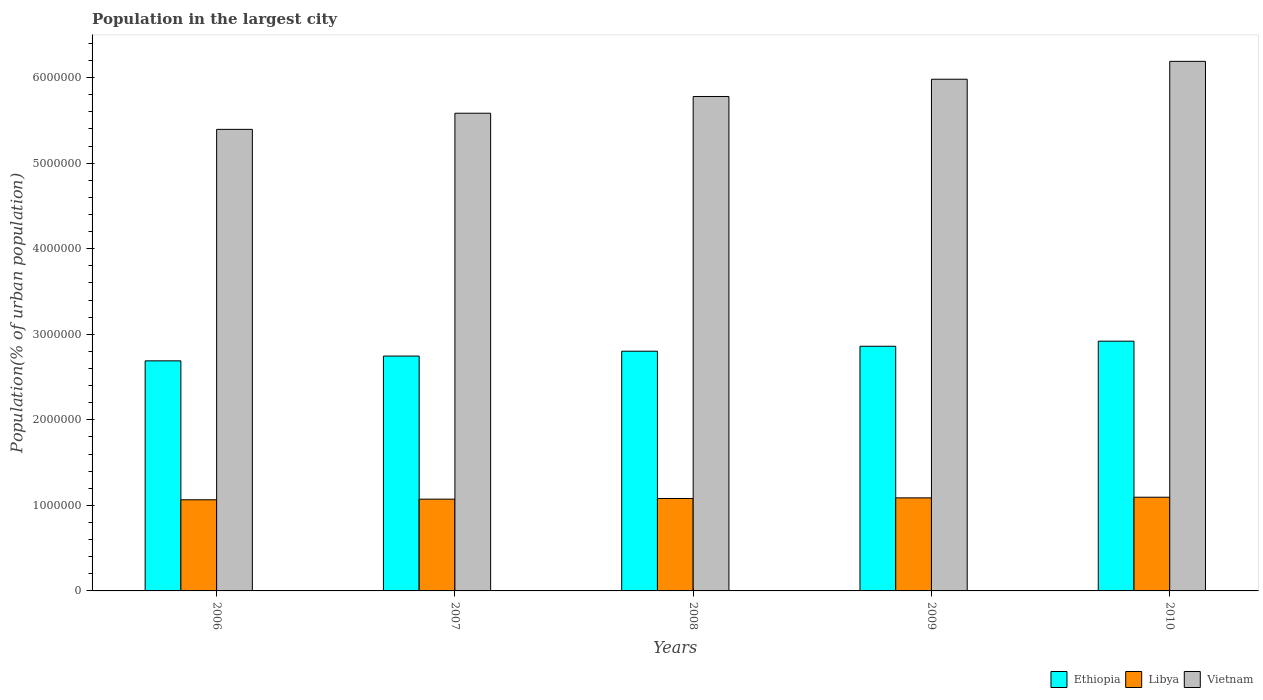
| Years | Ethiopia | Libya | Vietnam |
 | --- | --- | --- | --- |
 | 2006 | 2.69e+06 | 1.07e+06 | 5.39e+06 |
 | 2007 | 2.74e+06 | 1.07e+06 | 5.58e+06 |
 | 2008 | 2.8e+06 | 1.08e+06 | 5.78e+06 |
 | 2009 | 2.86e+06 | 1.09e+06 | 5.98e+06 |
 | 2010 | 2.92e+06 | 1.1e+06 | 6.19e+06 |